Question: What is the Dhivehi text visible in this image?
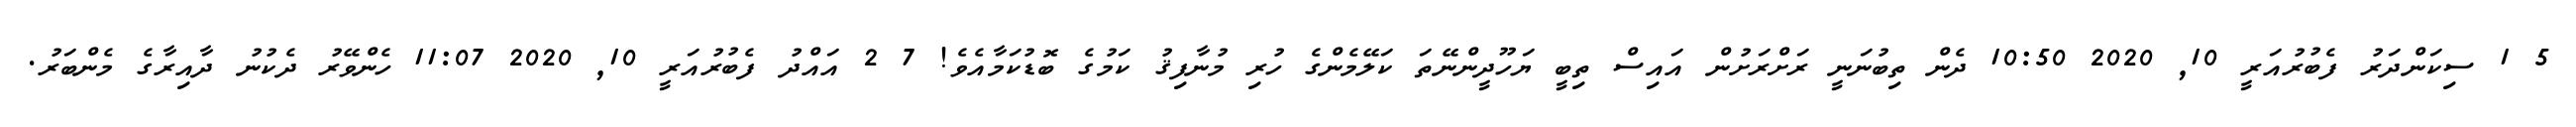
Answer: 5 1 ސިކަންދަރު ފެބުރުއަރީ 10, 2020 10:50 ދެން ތިބުނަނީ ރަށްރަށުން އައިސް ތިބީ ޔަހޫދީންނޭތަ ކަލޭމެންގެ ހުރި މުނާފިޤު ކަމުގެ ބޮޑުކަމާއެވެ! 7 2 އައްދު ފެބުރުއަރީ 10, 2020 11:07 ހެންވޭރު ދެކުނު ދާއިރާގެ މެންބަރު.